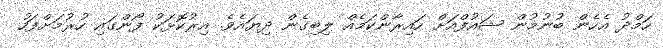
ހަމްދު އެހެން ބުނުމުން ޝައުފްއަށް ހައިރާންކަމެއް ލިބިގެން ދިޔައެވެ. އިރުކޮޅަކު ފޯންގައި ހުރުމަށްފަހު